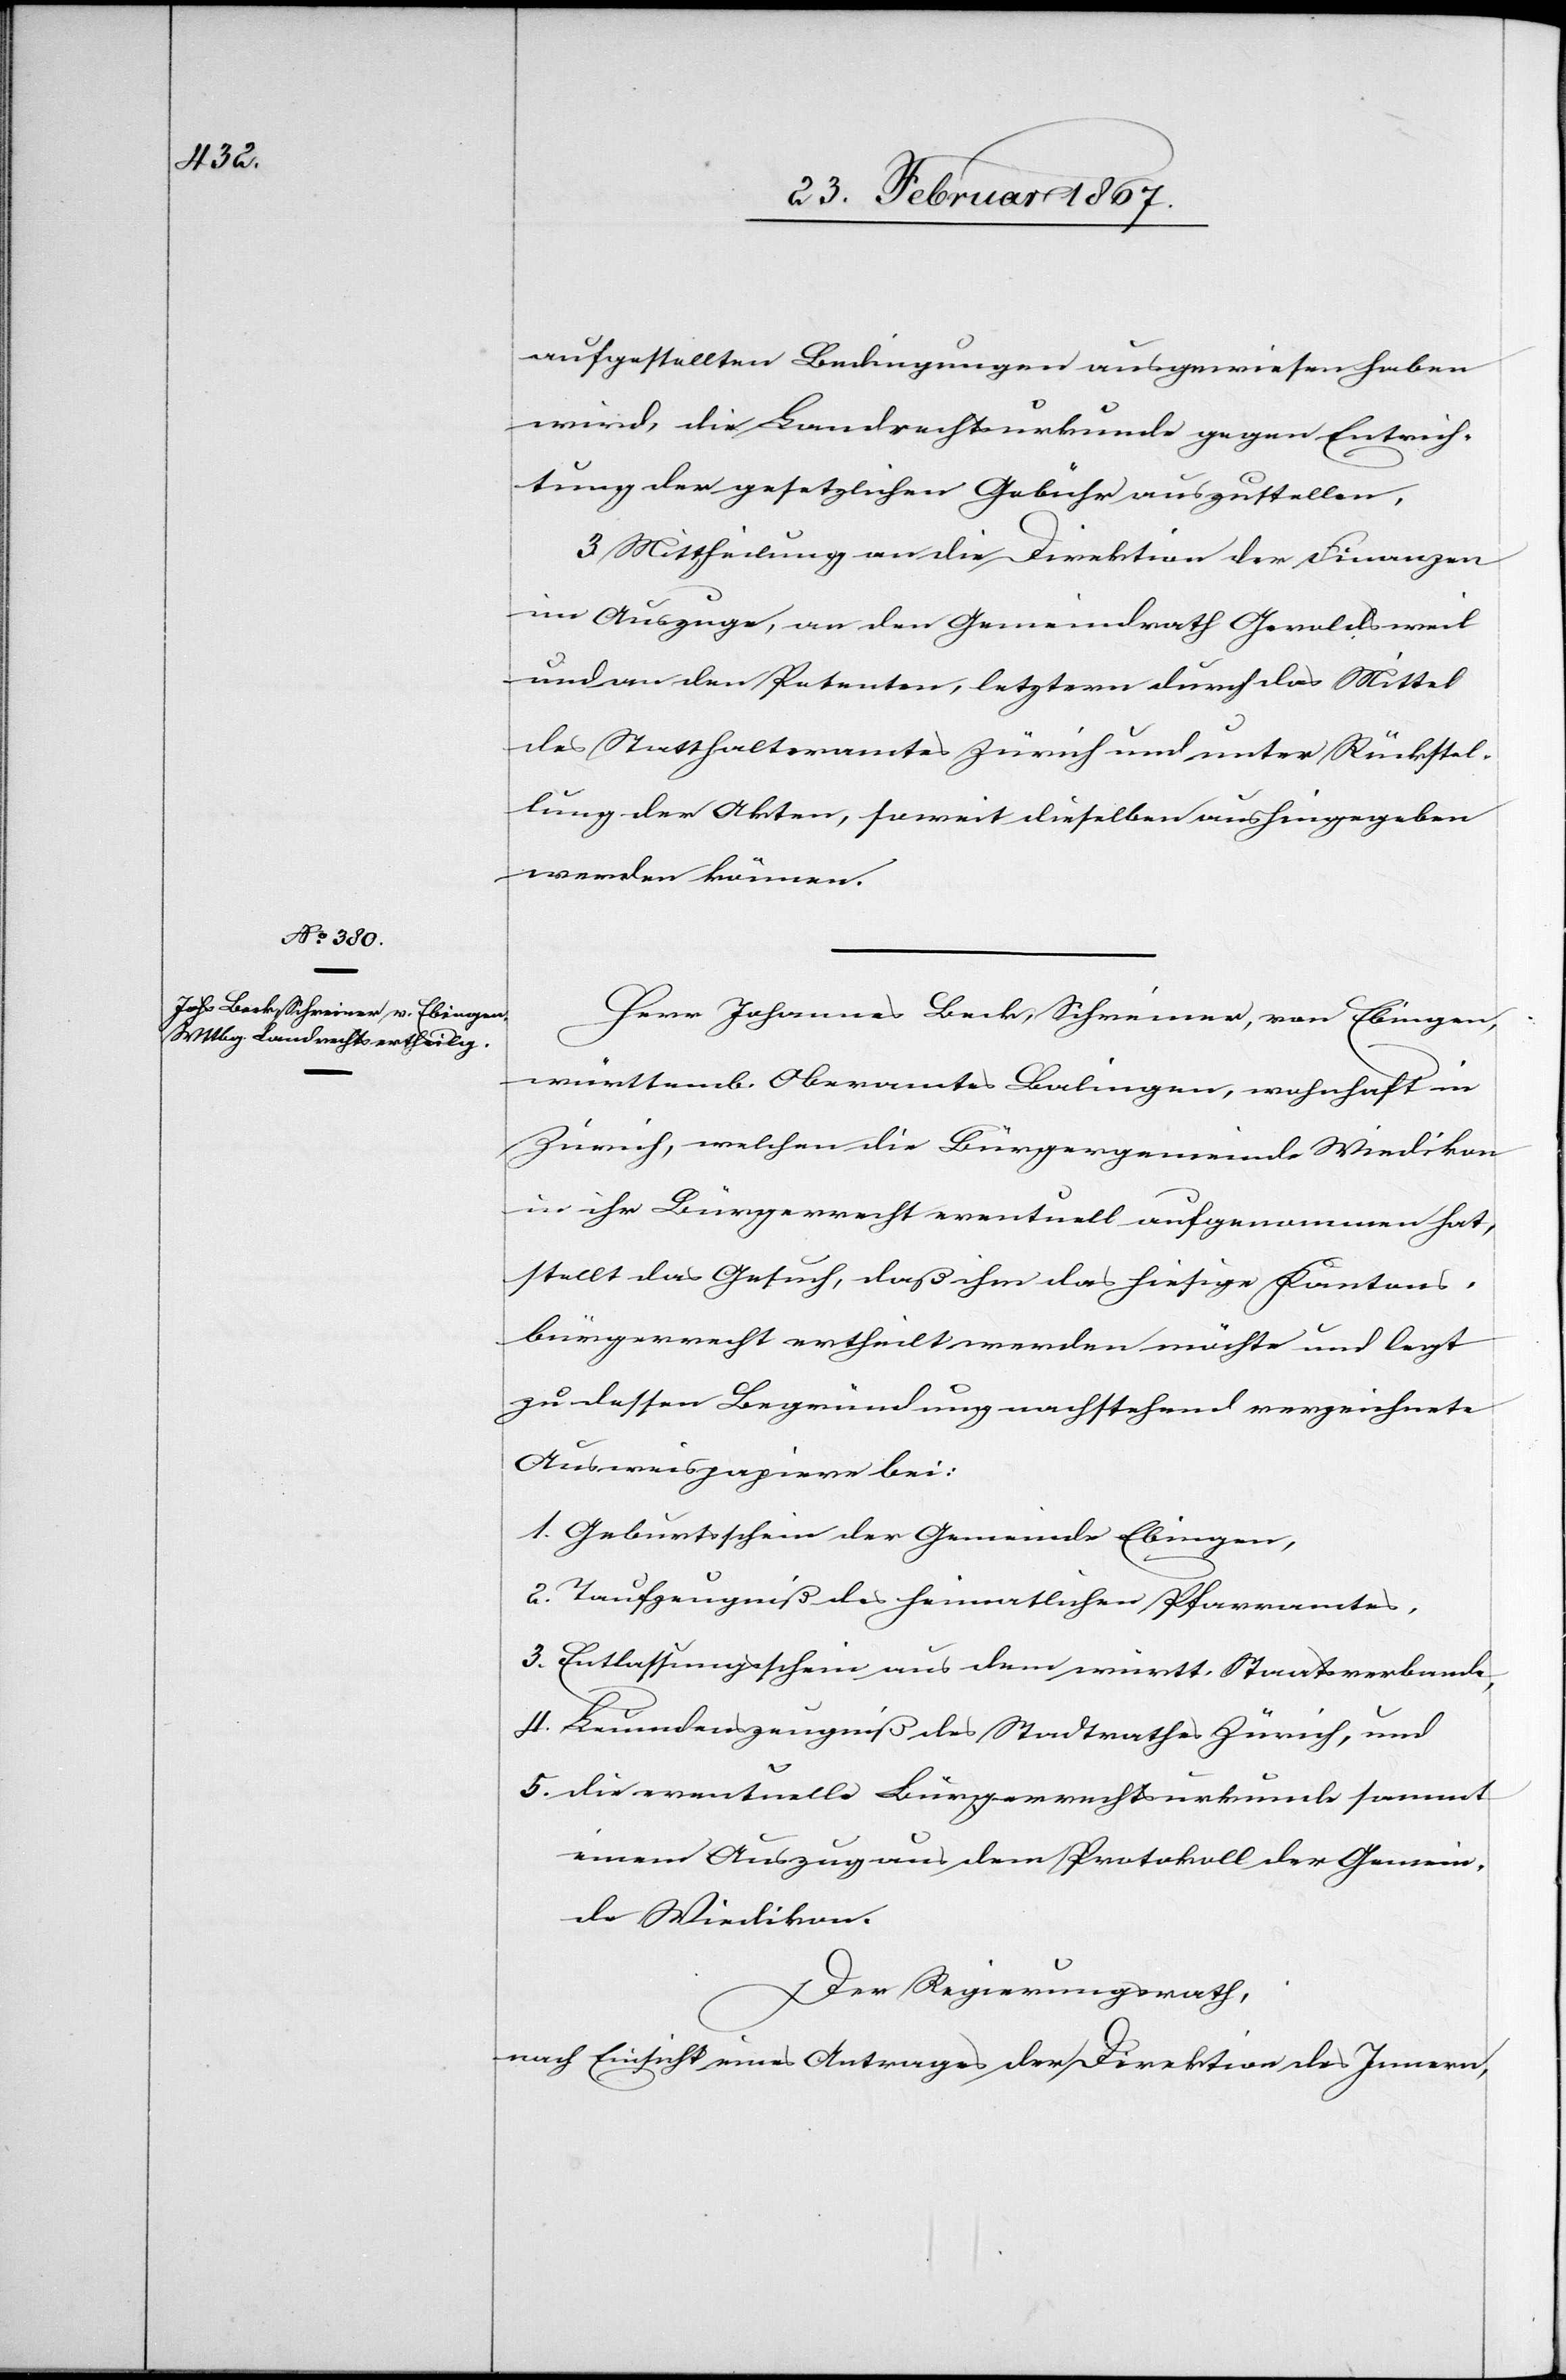
aufgestellten Bedingungen ausgewiesen haben
wird, die Landrechtsurkunde gegen Entrich¬
tung der gesetzlichen Gebühr auszustellen.
3. Mittheilung an die Direktion der Finanzen
im Auszuge, an den Gemeindrath Geroldsweil
und an den Petenten, letztern durch das Mittel
des Statthalteramtes Zürich und unter Rückstel¬
lung der Akten, soweit dieselben aushingegeben
werden können.
Herr Johannes Beck, Schreiner, von Ebingen,
württemb. Oberamtes Balingen, wohnhaft in
Zürich, welchen die Bürgergemeinde Wiedikon
in ihr Bürgerrecht eventuell aufgenommen hat,
stellt das Gesuch, daß ihm das hiesige Kantons¬
bürgerrecht ertheilt werden möchte und legt
zu dessen Begründung nachstehend verzeichnete
Ausweispapiere bei:
1. Geburtsschein der Gemeinde Ebingen,
2. Taufzeugniß des heimatlichen Pfarramtes,
3. Entlassungsschein aus dem württ. Staatsverbande,
4. Leumdenszeugniß des Stadtrathes Zürich, und
5. die eventuelle Bürgerrechtsurkunde sammt
einem Auszug aus dem Protokoll der Gemein¬
de Wiedikon.
Der Regierungsrath,
nach Einsicht eines Antrages der Direktion des Innern,